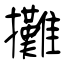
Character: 攤